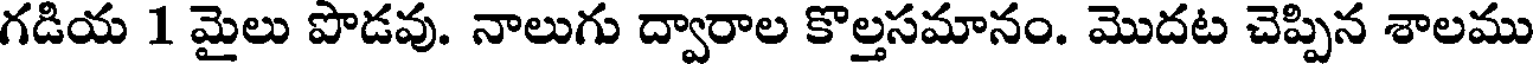
గడియ 1 మైలు పొడవు. నాలుగు ద్వారాల కొల్తసమానం. మొదట చెప్పిన శాలము